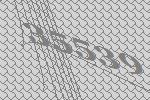
35539